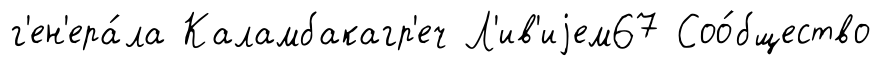
г'ен'ера́ла Каламбакагр'еч Л'ив'иjем67 Соо́бщество